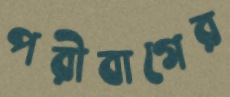
পরীবাগের